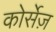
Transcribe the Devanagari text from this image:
कोर्सेज़